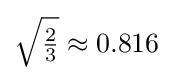
{\sqrt {\tfrac {2}{3}}}\approx 0.816